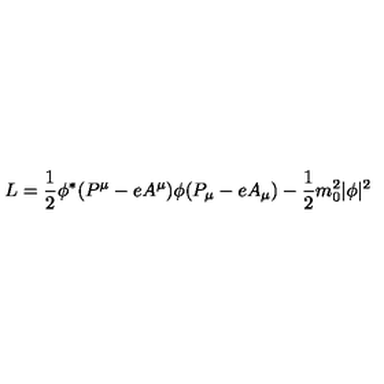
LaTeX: L = \frac { 1 } { 2 } \phi ^ { * } ( P ^ { \mu } - e A ^ { \mu } ) \phi ( P _ { \mu } - e A _ { \mu } ) - \frac { 1 } { 2 } m _ { 0 } ^ { 2 } | \phi | ^ { 2 }